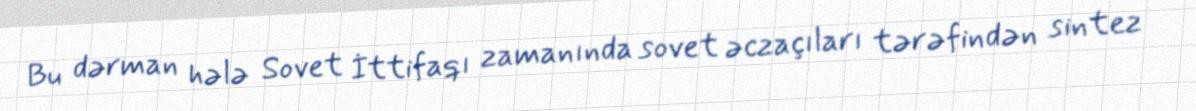
Bu dərman hələ Sovet İttifaqı zamanında sovet əczaçıları tərəfindən sintez